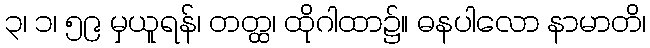
၃၊ ၁၊ ၅၉ မှယူရန်၊ တတ္ထ၊ ထိုဂါထာ၌။ ဓနပါလော နာမာတိ၊